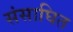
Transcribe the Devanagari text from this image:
संसाघित